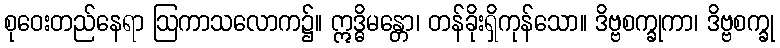
စုဝေးတည်နေရာ ဩကာသလောက၌။ ဣဒ္ဓိမန္တော၊ တန်ခိုးရှိကုန်သော။ ဒိဗ္ဗစက္ခုကာ၊ ဒိဗ္ဗစက္ခု